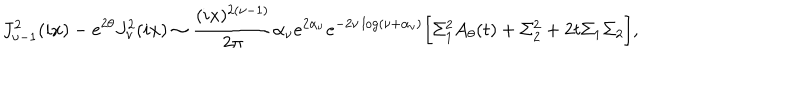
LaTeX: J _ { \nu - 1 } ^ { 2 } ( i x ) - e ^ { 2 \theta } J _ { \nu } ^ { 2 } ( i x ) \sim { \frac { ( i x ) ^ { 2 ( \nu - 1 ) } } { 2 \pi } } \alpha _ { \nu } e ^ { 2 \alpha _ { \nu } } e ^ { - 2 \nu \log ( \nu + \alpha _ { \nu } ) } \Bigr [ \Sigma _ { 1 } ^ { 2 } A _ { \theta } ( t ) + \Sigma _ { 2 } ^ { 2 } + 2 t \Sigma _ { 1 } \Sigma _ { 2 } \Bigr ] ,